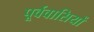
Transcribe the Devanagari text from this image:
पूर्ववासियों